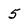
Character: 5